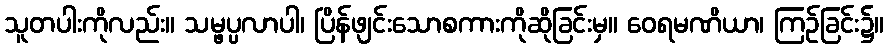
သူတပါးကိုလည်း။ သမ္ဖပ္ပလာပါ၊ ပြိန်ဖျင်းသောစကားကိုဆိုခြင်းမှ။ ဝေရမဏိယာ၊ ကြဉ်ခြင်း၌။